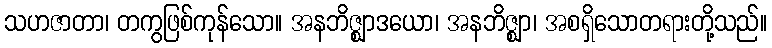
သဟဇာတာ၊ တကွဖြစ်ကုန်သော။ အနဘိဇ္ဈာဒယော၊ အနဘိဇ္ဈာ၊ အစရှိသောတရားတို့သည်။